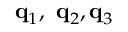
{ \bf q } _ { 1 } , \ { \bf q } _ { 2 } , { \bf q } _ { 3 }